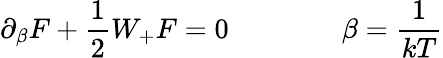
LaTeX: \partial_{\beta}F+\frac{1}{2}W_{+}F=0\qquad\qquad\beta=\frac{1}{kT}